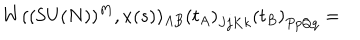
LaTeX: W ( ( \textrm { S U } ( N ) ) ^ { M } , x ( s ) ) _ { A B } \left( t _ { A } \right) _ { J j K k } \left( t _ { B } \right) _ { P p Q q } =